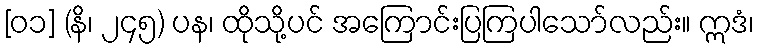
[၀၁] (နိ၊ ၂၄၅) ပန၊ ထိုသို့ပင် အကြောင်းပြကြပါသော်လည်း။ ဣဒံ၊